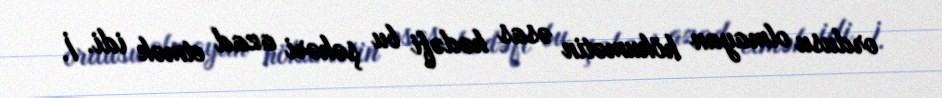
ordusu olmayan hökumətin əsas hədəfi bu şəhəri azad etmək idi. İ.